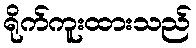
ရိုက်ကူးထားသည်